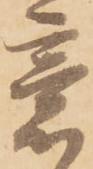
意